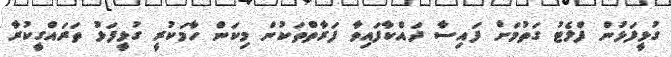
ގުޅީފަޅުން ފްލެޓު ގަތުމަށް ފައިސާ ދައްކާފައިވާ ފަރާތްތަކުން މިކަން ހާމަކުރީ ގުޅީފަޅު ތަރައްގީކުރާ